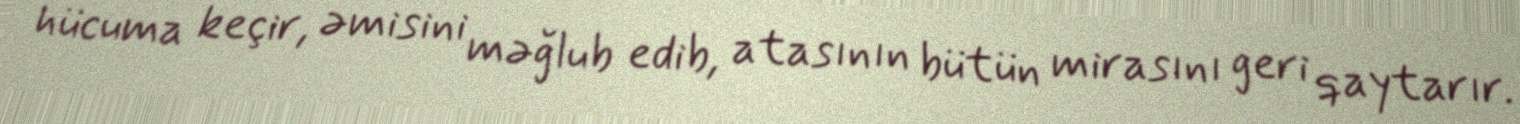
hücuma keçir, əmisini məğlub edib, atasının bütün mirasını geri qaytarır.